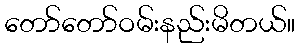
တော်တော်ဝမ်းနည်းမိတယ်။